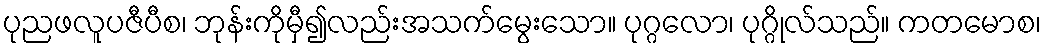
ပုညဖလူပဇီပီစ၊ ဘုန်းကိုမှီ၍လည်းအသက်မွေးသော။ ပုဂ္ဂလော၊ ပုဂ္ဂိုလ်သည်။ ကတမောစ၊